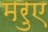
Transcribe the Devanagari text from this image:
मरुए